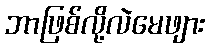
ဘာဖြစ်လို့လဲမေဖျား